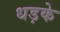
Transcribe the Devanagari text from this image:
धड़के